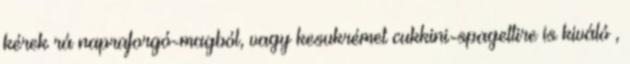
kérek rá napraforgó-magból, vagy kesukrémet cukkini-spagettire is kiváló ,